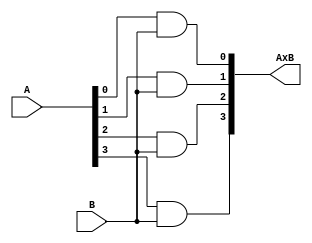
`timescale 1ns / 1ps

module four_to_one_AND(input [3:0] A, input B, output reg [3:0] AxB);

always @ (*)
begin
    AxB = ({A[3]&B, A[2]&B, A[1]&B, A[0]&B});
end
endmodule